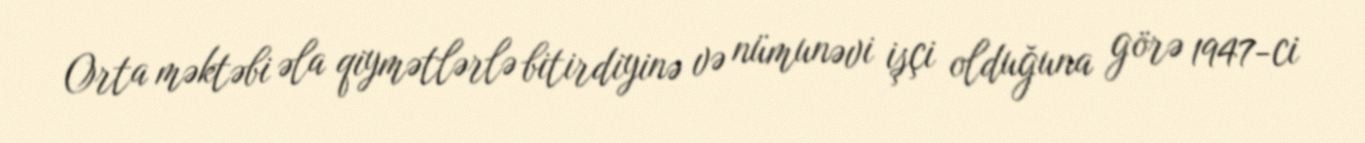
Orta məktəbi əla qiymətlərlə bitirdiyinə və nümunəvi işçi olduğuna görə 1947-ci